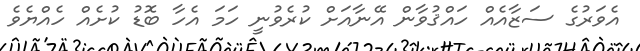
އެވަރުގެ ސަޒާއެއް ހައްޤުވާން އޭނާއަށް ކުރެވުނީ ހަމަ އެހާ ބޮޑު ކުށެއް ހެއްޔެވެ